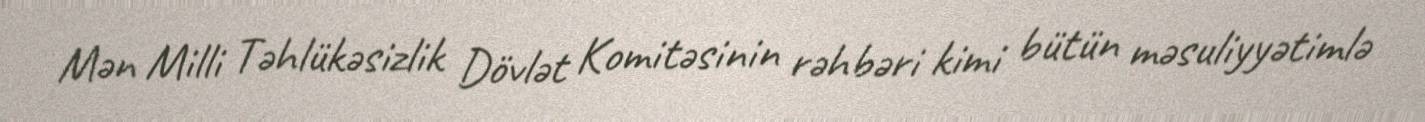
Mən Milli Təhlükəsizlik Dövlət Komitəsinin rəhbəri kimi bütün məsuliyyətimlə